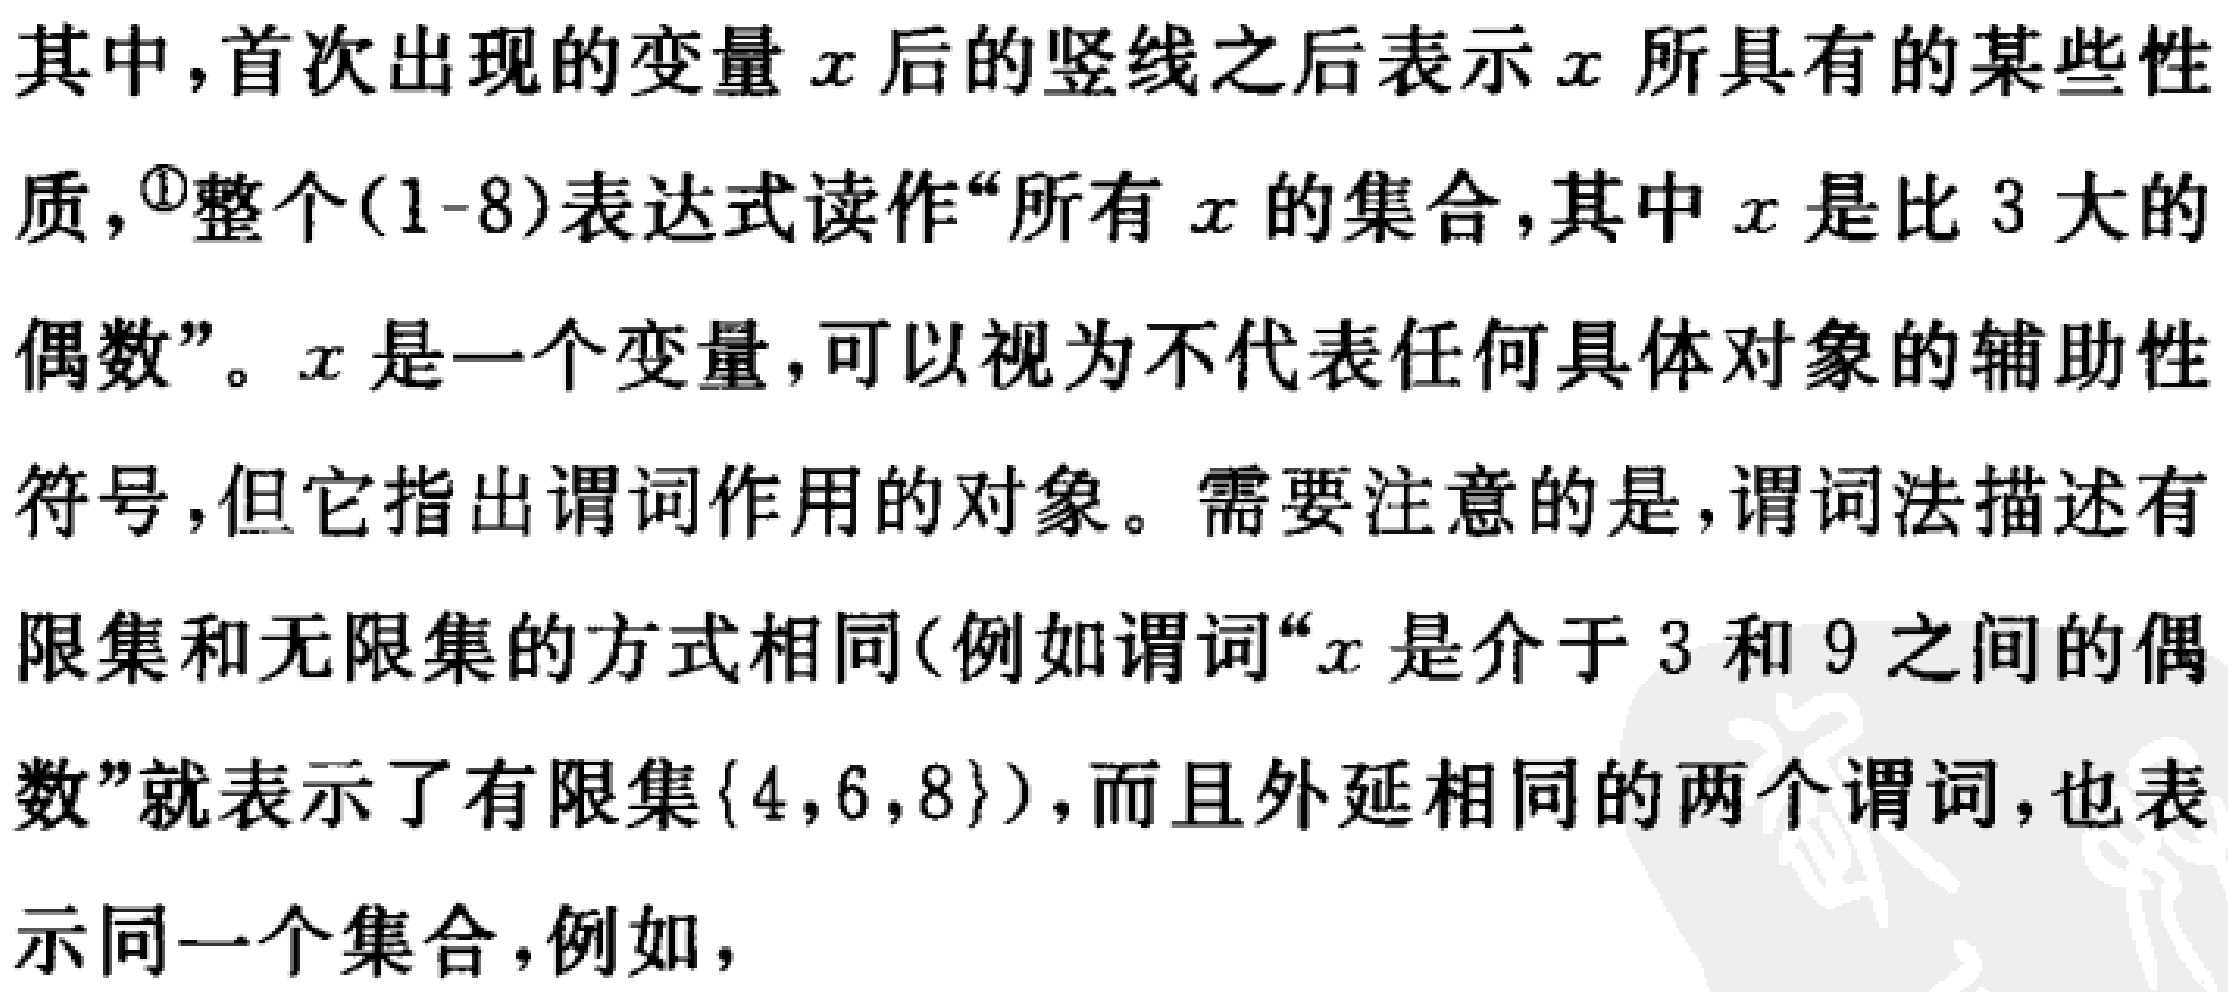
其中，首次出现的变量\(x\)后的竖线之后表示\(x\)所具有的某些性质，\(^{\textcircled{1}}\)整个\((1 - 8)\)表达式读作“所有\(x\)的集合，其中\(x\)是比\(3\)大的偶数”。\(x\)是一个变量，可以视为不代表任何具体对象的辅助性符号，但它指出谓词作用的对象。需要注意的是，谓词法描述有限集和无限集的方式相同（例如谓词“\(x\)是介于\(3\)和\(9\)之间的偶数”就表示了有限集\(\{4,6,8\}\)），而且外延相同的两个谓词，也表示同一个集合，例如，